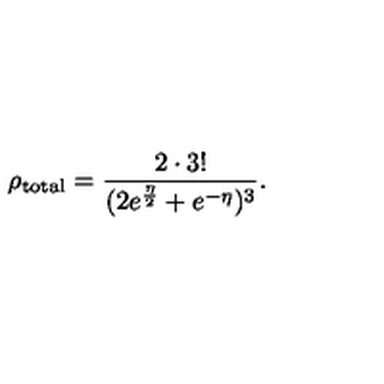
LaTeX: \rho _ { \mathrm { t o t a l } } = \frac { 2 \cdot 3 ! } { ( 2 e ^ { \frac { \eta } { 2 } } + e ^ { - \eta } ) ^ { 3 } } . \,